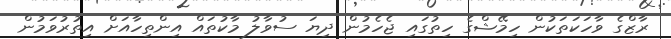
ރާޒްގެ ވާހަކަތަކުން ހިމޭޝްގެ ހިތުގައި ޖެހެމުން ދިޔަ ސުވާލު މާކުތައް އިންތިހާއަށް އިތުރުވަމުން